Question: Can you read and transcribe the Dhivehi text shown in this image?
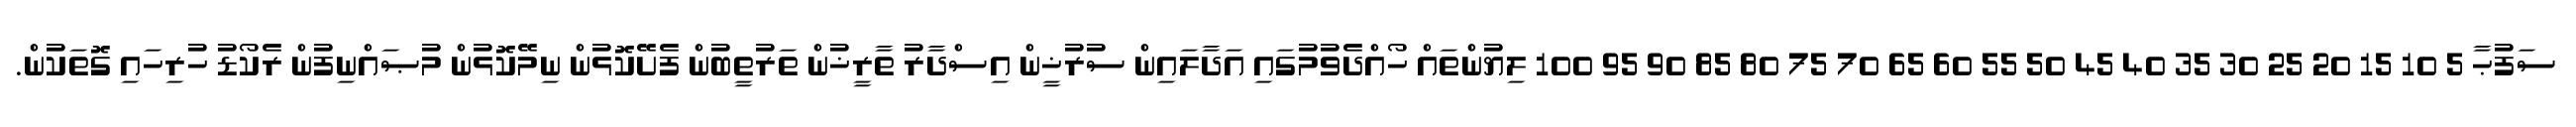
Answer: ސަފުޙާ 5 10 15 20 25 30 35 40 45 50 55 60 65 70 75 80 85 90 95 100 ލިޔުންތައް ހޯއްދެވުމުގައި އަދާލައިން ސުރުޚީން އިސްދާރު ތާރީޚުން ތަރުތީބުން ފެށޭކޮޅުން ނިމޭކޮޅުން މުޞައްނިފުން ރެކޯޑު ހުރިހައި ގޮތަކުން.